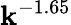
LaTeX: \mathbf{k}^{-1.65}